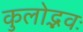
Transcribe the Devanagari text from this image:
कुलोद्भवः